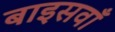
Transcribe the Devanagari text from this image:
बाइसवाँ